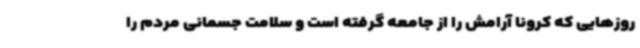
روزهایی که کرونا آرامش را از جامعه گرفته است و سلامت جسمانی مردم را